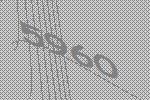
5960